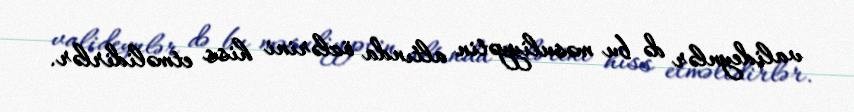
valideynlər də bu məsuliyyətin altında özlərini hiss etməlidirlər.